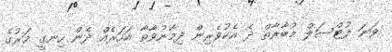
ވަނަ ފުޓްސަލް މުބާރާތް ދެ އެކުވެރިން ދިމާނުވާތާ އަހަރެއް ދެން ހިނގީ މަރުގެ